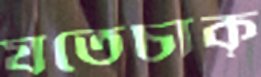
যতেচাক্